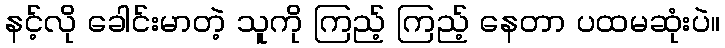
နင့်လို ခေါင်းမာတဲ့ သူကို ကြည့် ကြည့် နေတာ ပထမဆုံးပဲ။